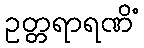
ဥတ္တရာရဏိံ